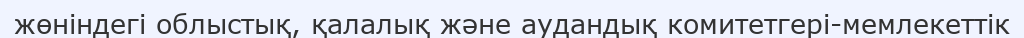
жөніндегі облыстық, қалалық және аудандық комитетгері-мемлекеттік